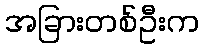
အခြားတစ်ဦးက